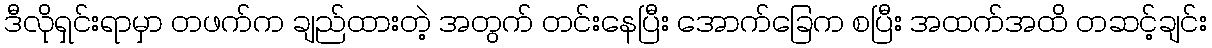
ဒီလိုရှင်းရာမှာ တဖက်က ချည်ထားတဲ့ အတွက် တင်းနေပြီး အောက်ခြေက စပြီး အထက်အထိ တဆင့်ချင်း